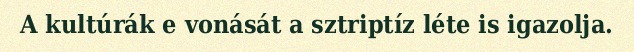
A kultúrák e vonását a sztriptíz léte is igazolja.